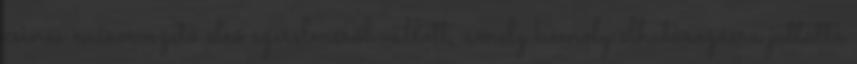
csi­nos mű­sor­ve­zető első sze­rel­mé­ről val­lott, amely ko­moly el­ha­tá­ro­zásra jut­tatta